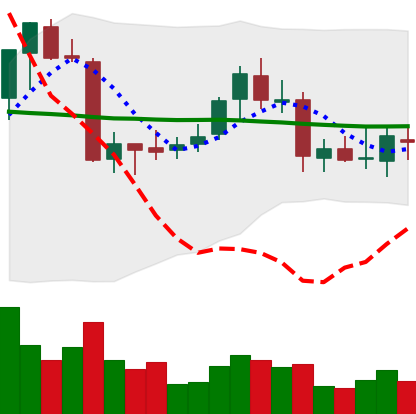
Ticker: ETC-USD
Chart end date: 2018-07-25
Forward return: 3.74%
Label: up_3_5